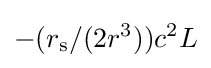
-(r_{\text{s}}/(2r^{3}))c^{2}L